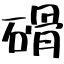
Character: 磆